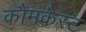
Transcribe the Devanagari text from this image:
कौमकैस्ट